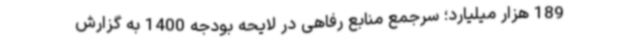
189 هزار میلیارد؛ سرجمع منابع رفاهی در لایحه بودجه 1400 به گزارش